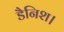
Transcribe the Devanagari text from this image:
डैनिश।